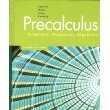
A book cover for Precalculus: Graphical, Numerical, Algebraic; Franklin D. Demana; Science & Math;